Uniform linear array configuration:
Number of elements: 64
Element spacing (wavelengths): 0.5
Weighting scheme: uniform
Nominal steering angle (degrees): -30
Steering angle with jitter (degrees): -31.103
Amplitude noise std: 0.05
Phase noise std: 0.05

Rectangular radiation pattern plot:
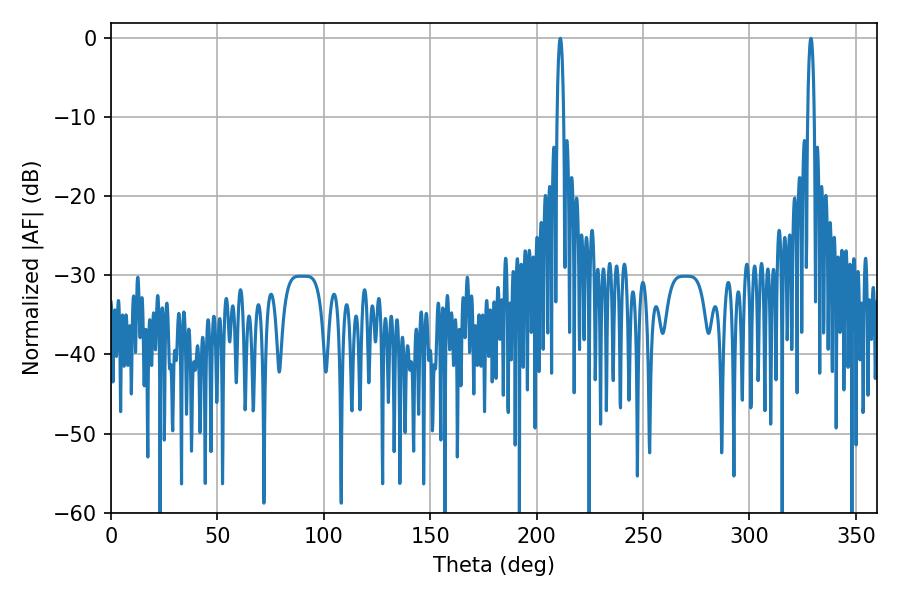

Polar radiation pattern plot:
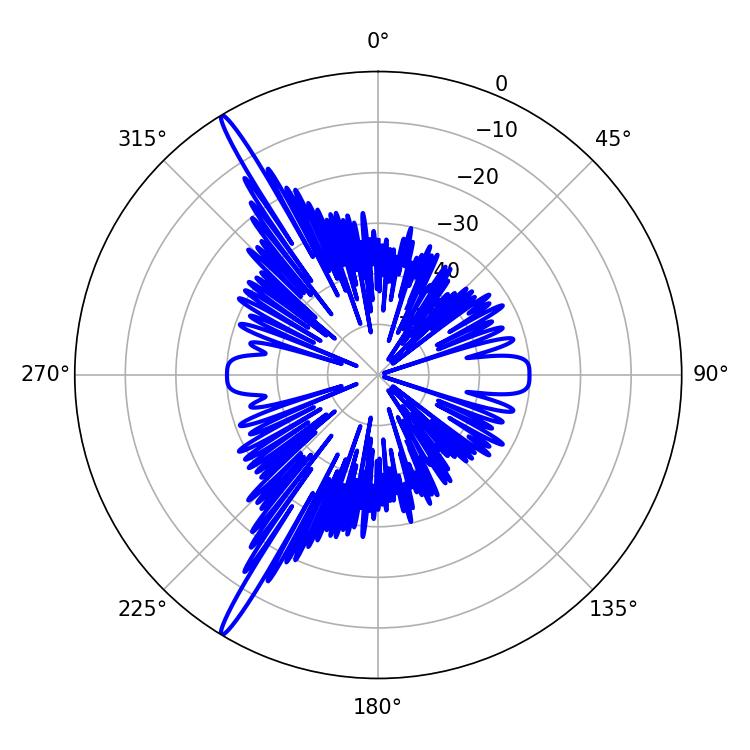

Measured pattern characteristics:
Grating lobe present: FALSE
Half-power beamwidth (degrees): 1.8
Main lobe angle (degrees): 328.86